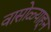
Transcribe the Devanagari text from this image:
वासोळ्याहून